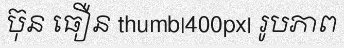
ប៊ុន ធឿន thumb|400px| រូបភាព